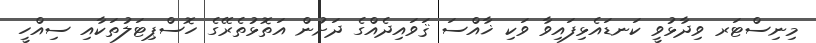
މިނިސްޓަރ ވިދާޅުވީ ކަނޑައެޅިފައިވާ ވަކި ޚާއްސަ ޤަވައިދެއްގެ ދަށުން އަތޮޅުތެރޭގެ ހޮސްޕިޓަލުތަކާއި ސިއްހީ